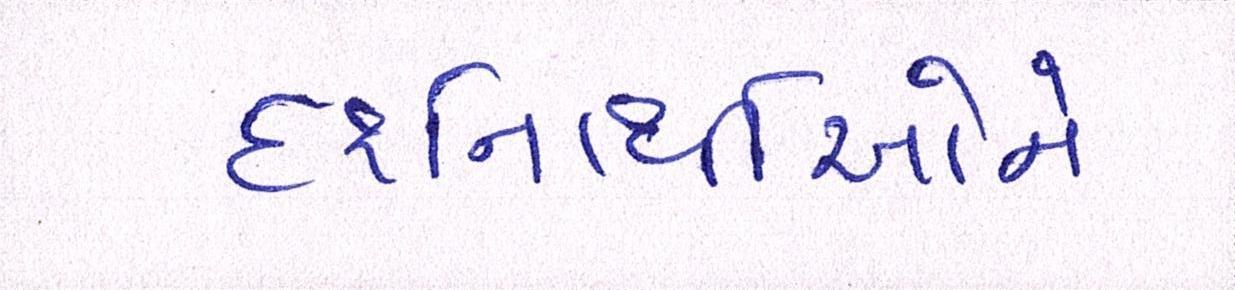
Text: દર્શનાર્થીઓને